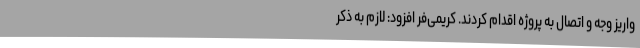
واریز وجه و اتصال به پروژه اقدام کردند. کریمی‌فر افزود: لازم به ذکر